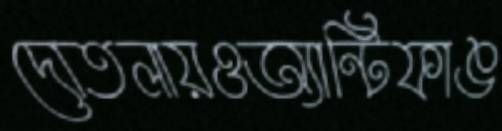
দোতলায়ওঅ্যান্টিফাঙ